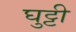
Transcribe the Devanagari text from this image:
घुट्टी